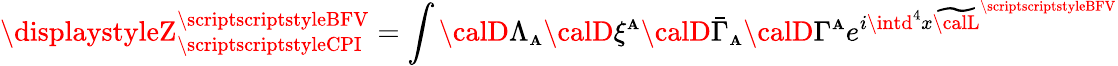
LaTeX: \displaystyleZ_{\scriptscriptstyleCPI}^{\scriptscriptstyleBFV}=\int{\calD}\Lambda_{\scriptscriptstyle\mathbf{A}}{\calD}\xi^{\scriptscriptstyle\mathbf{A}}{\calD}\bar{{\Gamma}}_{\scriptscriptstyle\mathbf{A}}{\calD}\Gamma^{\scriptscriptstyle\mathbf{A}}e^{i\intd^{4}x\widetilde{{\calL}}^{\scriptscriptstyleBFV}}